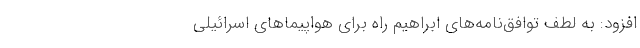
افزود:‌ به لطف توافق‌نامه‌های ابراهیم راه برای هواپیماهای اسرائیلی